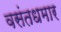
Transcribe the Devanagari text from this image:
वसंतधमार